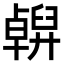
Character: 𠧇